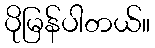
ပိုမြန်ပါတယ်။